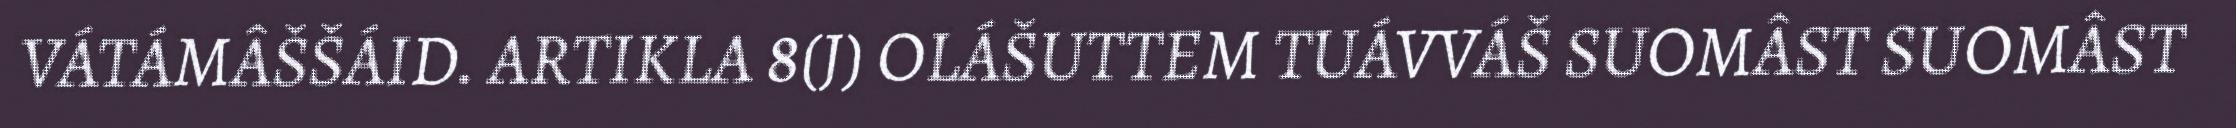
VÁTÁMÂŠŠÁID. ARTIKLA 8(J) OLÁŠUTTEM TUÁVVÁŠ SUOMÂST SUOMÂST